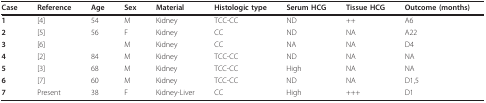
| Case | Reference | Age | Sex | Material | Histologic type | Serum HCG | Tissue HCG | Outcome (months) |
 | --- | --- | --- | --- | --- | --- | --- | --- | --- |
 | 1 | [4] | 54 | M | Kidney | TCC-CC | ND | ++ | A6 |
 | 2 | [5] | 56 | F | Kidney | CC | ND | NA | A22 |
 | 3 | [6] |  | M | Kidney | CC | NA | NA | D4 |
 | 4 | [2] | 84 | M | Kidney | TCC-CC | ND | NA | NA |
 | 5 | [3] | 68 | M | Kidney | TCC-CC | High | NA | NA |
 | 6 | [7] | 60 | M | Kidney | TCC-CC | ND | NA | D1,5 |
 | 7 | Present | 38 | F | Kidney-Liver | CC | High | +++ | D1 |